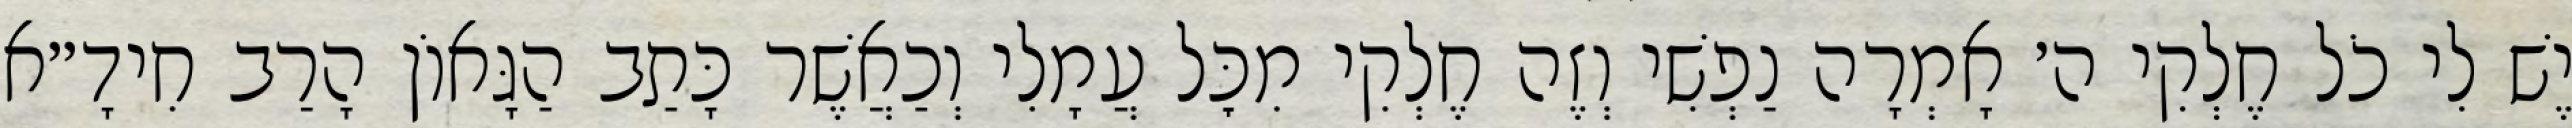
יֶשׁ לִי כֹל חֶלְקִי ה׳ אָמְרָה נַפְשִׁי וְזֶה חֶלְקִי מִכׇּל עֲמָלִי וְכַאֲשֶׁר כָּתַב הַגָּאוֹן הָרַב חִידָ״א